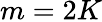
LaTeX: m=2K